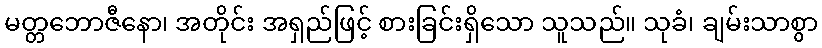
မတ္တဘောဇီနော၊ အတိုင်း အရှည်ဖြင့် စားခြင်းရှိသော သူသည်။ သုခံ၊ ချမ်းသာစွာ